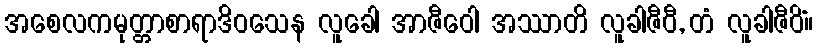
အစေလကမုတ္တာစာရာဒိဝသေန လူခေါ အာဇီဝေါ အဿာတိ လူခါဇီဝီ, တံ လူခါဇီဝိံ။